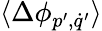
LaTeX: \langle\Delta\phi_{p^{\prime},\dot{q}^{\prime}}\rangle